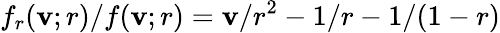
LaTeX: f_{r}(\mathbf{v};r)/f(\mathbf{v};r)=\mathbf{v}/r^{2}-1/r-1/(1-r)